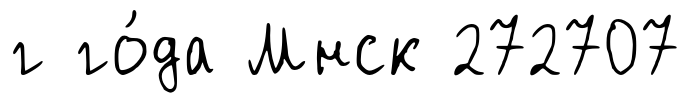
г го́да Мнск 272707